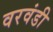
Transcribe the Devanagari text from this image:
वरवंडी